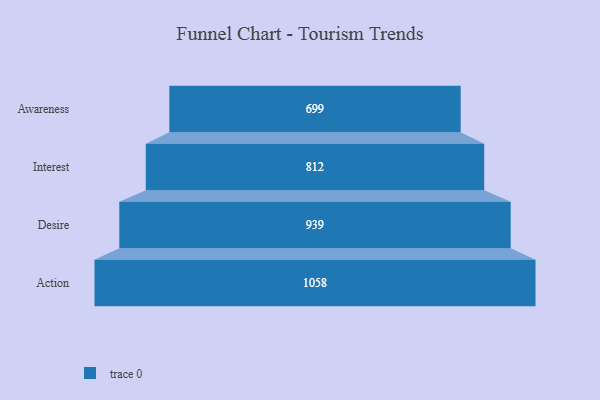
{"axis": {"x": "Stage", "y": "Value"}, "legend": [""], "data": [{"x": "Awareness", "y": 699.0, "type": ""}, {"x": "Interest", "y": 812.0, "type": ""}, {"x": "Desire", "y": 939.0, "type": ""}, {"x": "Action", "y": 1058.0, "type": ""}]}